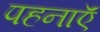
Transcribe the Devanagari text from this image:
पहनाऍं